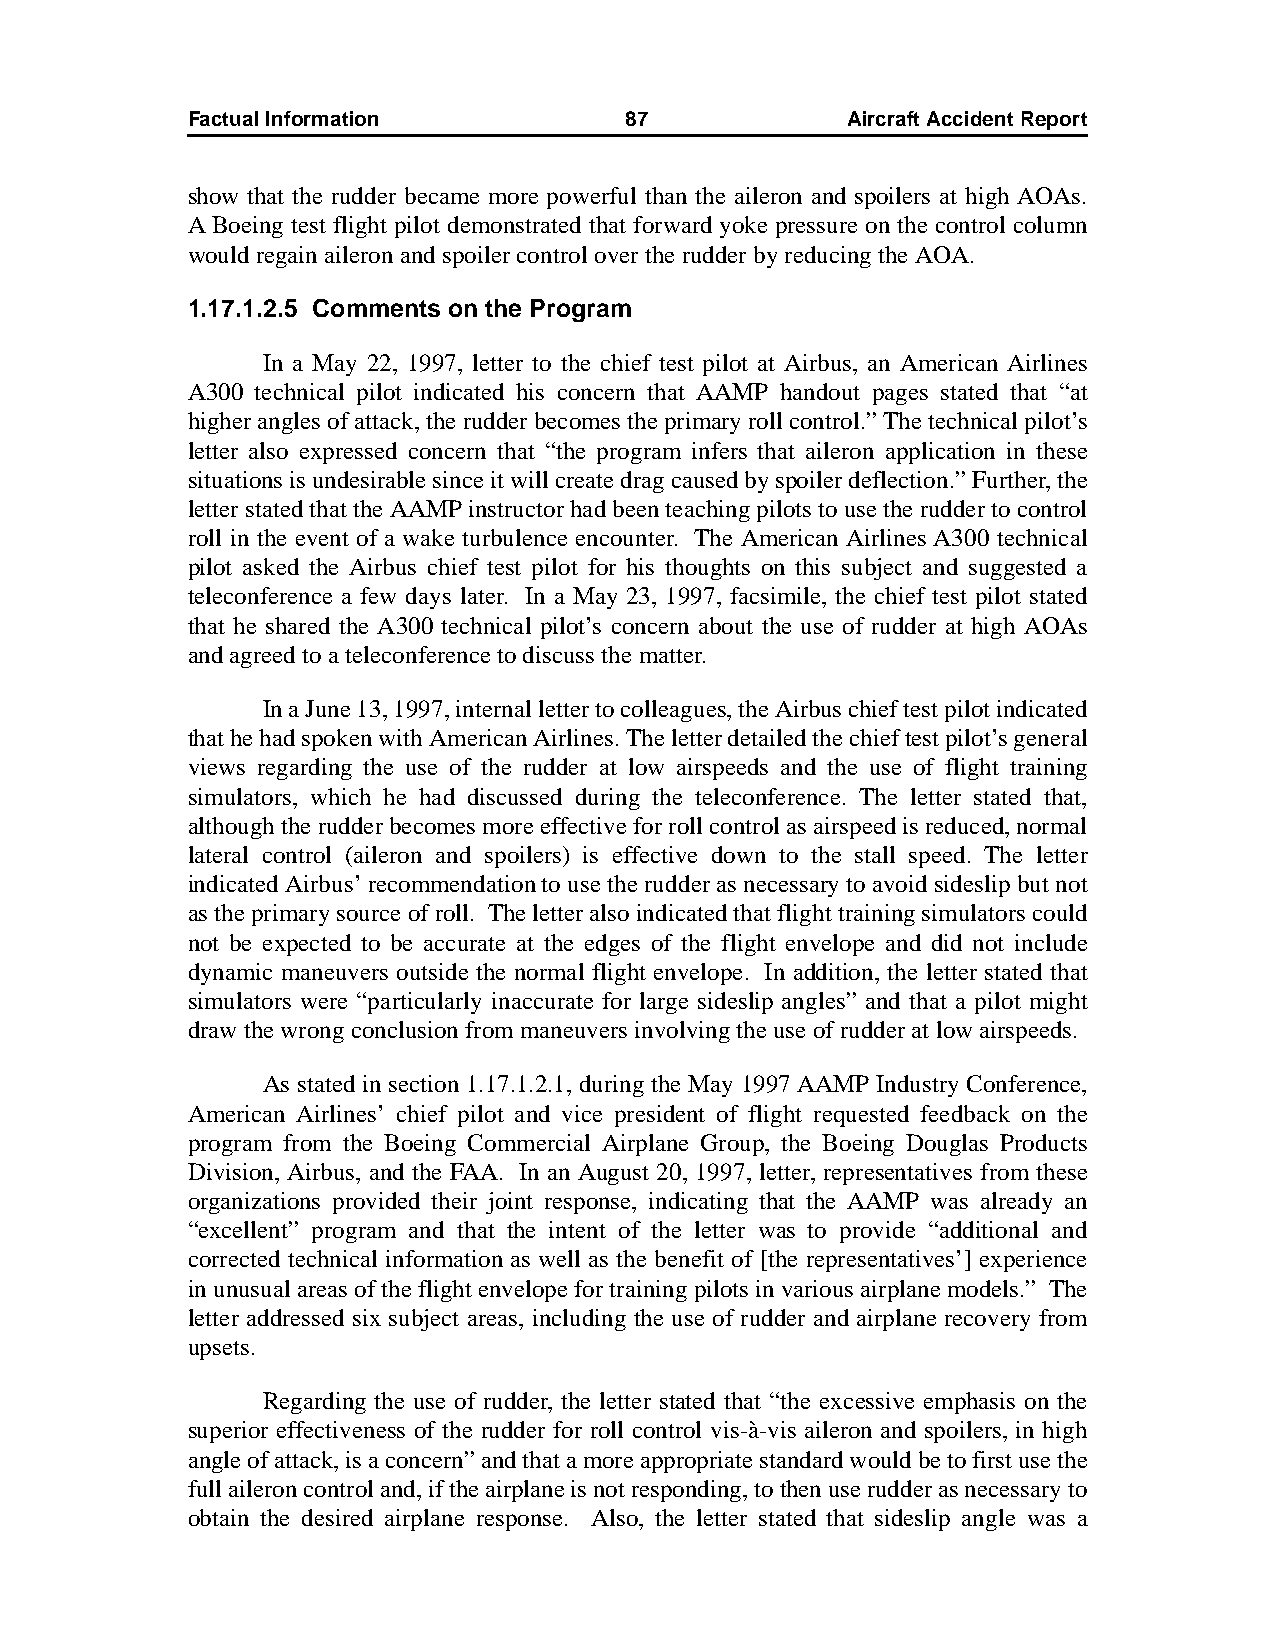
Factual Information          87             AircraftAccidentReport
 show that the rudder became more powerful than the aileron and spoilers at high AOAs.
 A Boeing test flight pilot demonstrated that forward yoke pressure on the control column
 would regain aileron and spoiler control over the rudder by reducing the AOA.
 1.17.1.2.5 Comments on the Program
 In a May 22, 1997, letter to the chief test pilot at Airbus, an American Airlines
 A300 technical pilot indicated his concern that AAMP handout pages stated that “at
 higher angles of attack, the rudder becomes the primary roll control.” The technical pilot’s
 letter also expressed concern that “the program infers that aileron application in these
 situations is undesirable since it will create drag caused by spoiler deflection.” Further, the
 letter stated that the AAMP instructor had been teaching pilots to use the rudder to control
 roll in the event of a wake turbulence encounter. The American Airlines A300 technical
 pilot asked the Airbus chief test pilot for his thoughts on this subject and suggested a
 teleconference a few days later. In a May 23, 1997, facsimile, the chief test pilot stated
 that he shared the A300 technical pilot’s concern about the use of rudder at high AOAs
 and agreed to a teleconference to discuss the matter.
 In a June 13, 1997, internal letter to colleagues, the Airbus chief test pilot indicated
 that he had spoken with American Airlines. The letter detailed the chief test pilot’s general
 views regarding the use of the rudder at low airspeeds and the use of flight training
 simulators, which he had discussed during the teleconference. The letter stated that,
 although the rudder becomes more effective for roll control as airspeed is reduced, normal
 lateral control (aileron and spoilers) is effective down to the stall speed. The letter
 indicated Airbus’ recommendation to use the rudder as necessary to avoid sideslip but not
 as the primary source of roll. The letter also indicated that flight training simulators could
 not be expected to be accurate at the edges of the flight envelope and did not include
 dynamic maneuvers outside the normal flight envelope. In addition, the letter stated that
 simulators were “particularly inaccurate for large sideslip angles” and that a pilot might
 draw the wrong conclusion from maneuvers involving the use of rudder at low airspeeds.
 As stated in section 1.17.1.2.1, during the May 1997 AAMP Industry Conference,
 American Airlines’ chief pilot and vice president of flight requested feedback on the
 program from the Boeing Commercial Airplane Group, the Boeing Douglas Products
 Division, Airbus, and the FAA. In an August 20, 1997, letter, representatives from these
 organizations provided their joint response, indicating that the AAMP was already an
 “excellent” program and that the intent of the letter was to provide “additional and
 corrected technical information as well as the benefit of [the representatives’] experience
 in unusual areas of the flight envelope for training pilots in various airplane models.” The
 letter addressed six subject areas, including the use of rudder and airplane recovery from
 upsets.
 Regarding the use of rudder, the letter stated that “the excessive emphasis on the
 superior effectiveness of the rudder for roll control vis-à-vis aileron and spoilers, in high
 angle of attack, is a concern” and that a more appropriate standard would be to first use the
 full aileron control and, if the airplane is not responding, to then use rudder as necessary to
 obtain the desired airplane response. Also, the letter stated that sideslip angle was a